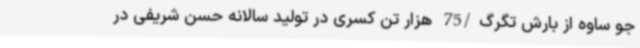
جو ساوه از بارش تگرگ/75 هزار تن کسری در تولید سالانه حسن شریفی در